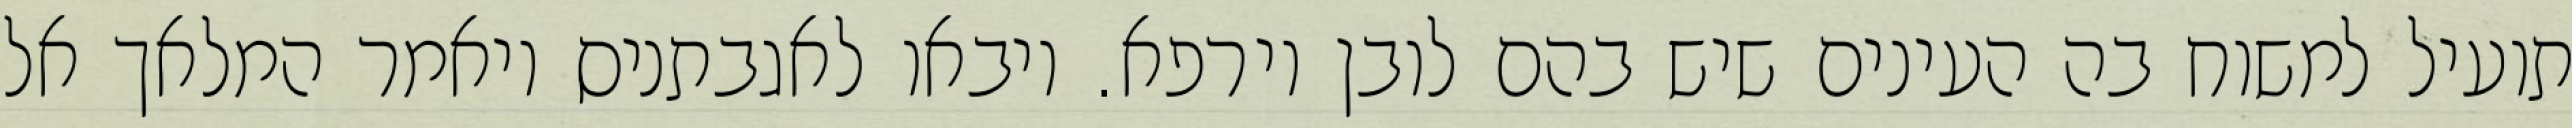
תועיל למשוח בה העינים שיש בהם לובן וירפא. ויבאו לאגבתניס ויאמר המלאך אל